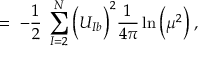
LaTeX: = \; - \frac { 1 } { 2 } \; \sum _ { I = 2 } ^ { N } \Big ( U _ { I b } \Big ) ^ { 2 } \frac { 1 } { 4 \pi } \ln \Big ( \mu ^ { 2 } \Big ) \; ,